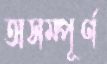
অসম্পূর্ণ